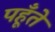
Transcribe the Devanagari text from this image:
पहूँते